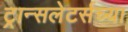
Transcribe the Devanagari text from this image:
ट्रान्सलेटर्सच्या